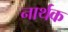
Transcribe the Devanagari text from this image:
नार्थक